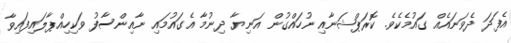
އެފަދަ ދެވަނައެއް ގައުމެކެވެ. ކޮރަޕްޝަނާއި ނުހައްގުން އަނިޔާ ދިނުމާ އެގައުމައި ނާއިންސާފު ވަކިހިއްޕާލައިފައިވާ